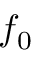
f _ { 0 }